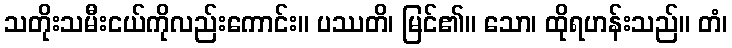
သတိုးသမီးငယ်ကိုလည်းကောင်း။ ပဿတိ၊ မြင်၏။ သော၊ ထိုရဟန်းသည်။ တံ၊